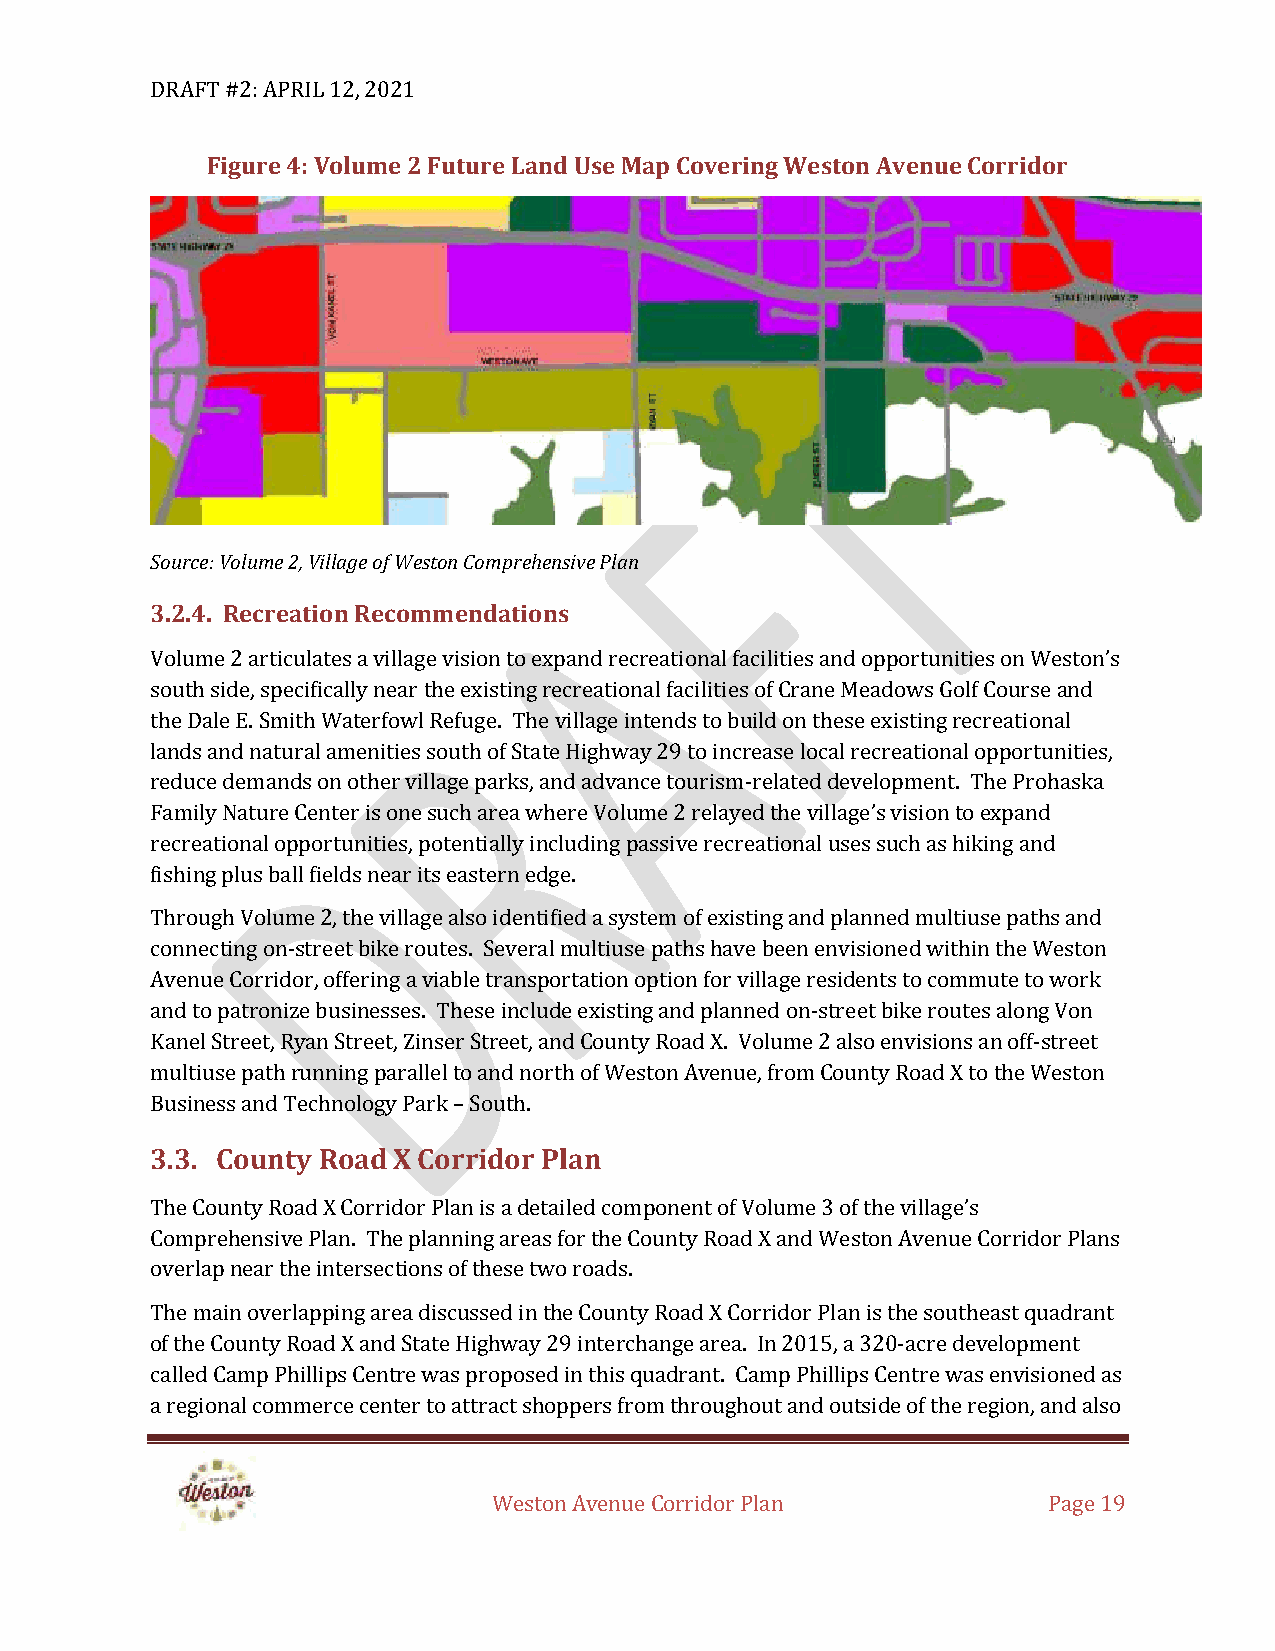
DRAFT #2: APRIL 12, 2021
 Figure 4: Volume 2 Future Land Use Map Covering Weston Avenue Corridor
 Source: Volume 2, Village of Weston Comprehensive Plan
 3.2.4. Recreation Recommendations
 Volume 2 articulates a village vision to expand recreational facilities and opportunities on Weston’s
 south side, specifically near the existing recreational facilities of Crane Meadows Golf Course and
 the Dale E. Smith Waterfowl Refuge. The village intends to build on these existing recreational
 lands and natural amenities south of State Highway 29 to increase local recreational opportunities,
 reduce demands on other village parks, and advance tourism-related development. The Prohaska
 Family Nature Center is one such area where Volume 2 relayed the village’s vision to expand
 recreational opportunities, potentially including passive recreational uses such as hiking and
 fishing plus ball fields near its eastern edge.
 Through Volume 2, the village also identified a system of existing and planned multiuse paths and
 connecting on-street bike routes. Several multiuse paths have been envisioned within the Weston
 Avenue Corridor, offering a viable transportation option for village residents to commute to work
 and to patronize businesses. These include existing and planned on-street bike routes along Von
 Kanel Street, Ryan Street, Zinser Street, and County Road X. Volume 2 also envisions an off-street
 multiuse path running parallel to and north of Weston Avenue, from County Road X to the Weston
 Business and Technology Park – South.
 3.3. County Road X Corridor Plan
 The County Road X Corridor Plan is a detailed component of Volume 3 of the village’s
 Comprehensive Plan. The planning areas for the County Road X and Weston Avenue Corridor Plans
 overlap near the intersections of these two roads.
 The main overlapping area discussed in the County Road X Corridor Plan is the southeast quadrant
 of the County Road X and State Highway 29 interchange area. In 2015, a 320-acre development
 called Camp Phillips Centre was proposed in this quadrant. Camp Phillips Centre was envisioned as
 a regional commerce center to attract shoppers from throughout and outside of the region, and also
 Weston Avenue Corridor Plan         Page 19